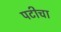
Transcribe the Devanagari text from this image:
पटीचा